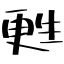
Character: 甦